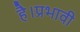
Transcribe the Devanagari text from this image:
है।प्रभावी